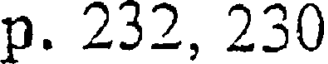
p. 232, 230